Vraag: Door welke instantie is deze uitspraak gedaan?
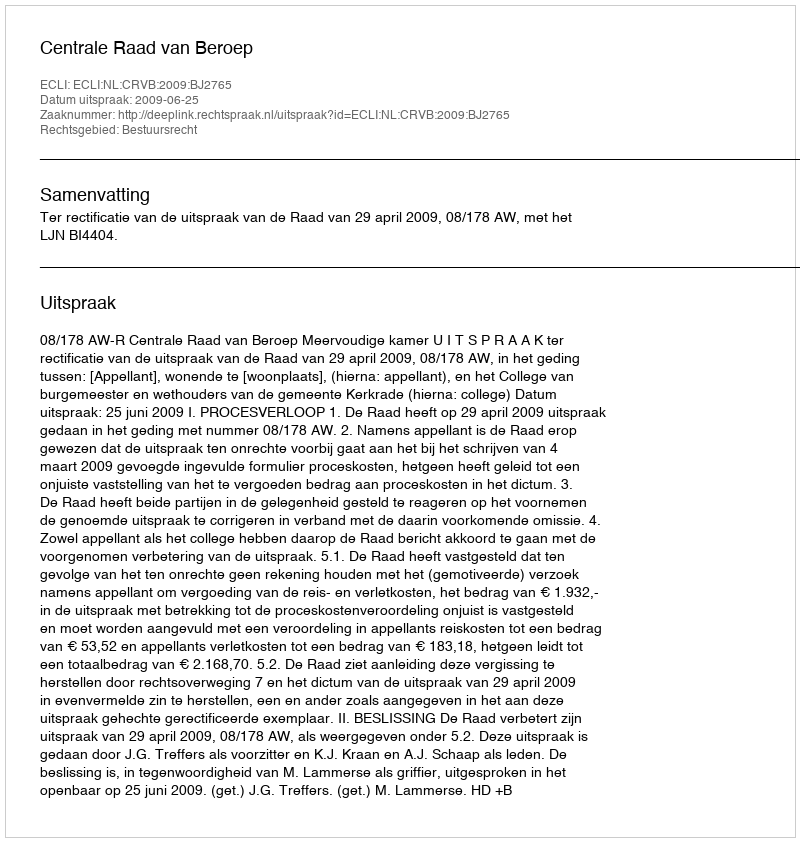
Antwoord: Centrale Raad van Beroep